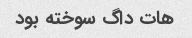
هات داگ سوخته بود